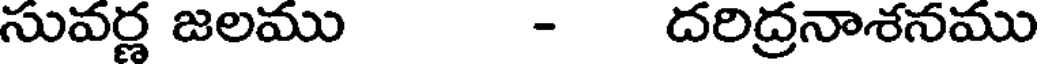
సువర్ణ జలము - దరిద్రనాశనము